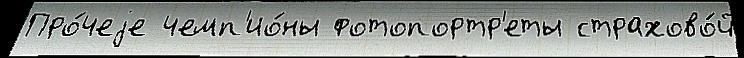
Про́чеjе чемп'ио́ны фотопортр'еты страхово́й